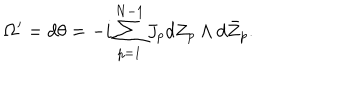
LaTeX: \Omega ^ { \prime } = d \theta = - i \sum _ { p = 1 } ^ { N - 1 } J _ { p } d Z _ { p } \wedge d \bar { Z } _ { p } .